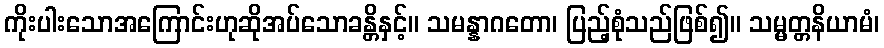
ကိုးပါးသောအကြောင်းဟုဆိုအပ်သောခန္တိနှင့်။ သမန္နာဂတော၊ ပြည့်စုံသည်ဖြစ်၍။ သမ္မတ္တနိယာမံ၊